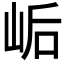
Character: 𫝴